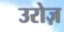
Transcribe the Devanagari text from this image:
उरोज़